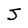
Character: J